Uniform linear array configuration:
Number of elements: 4
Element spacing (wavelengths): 0.25
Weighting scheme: blackman
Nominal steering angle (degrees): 45
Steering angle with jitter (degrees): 43.75
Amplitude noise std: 0.05
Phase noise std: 0.05

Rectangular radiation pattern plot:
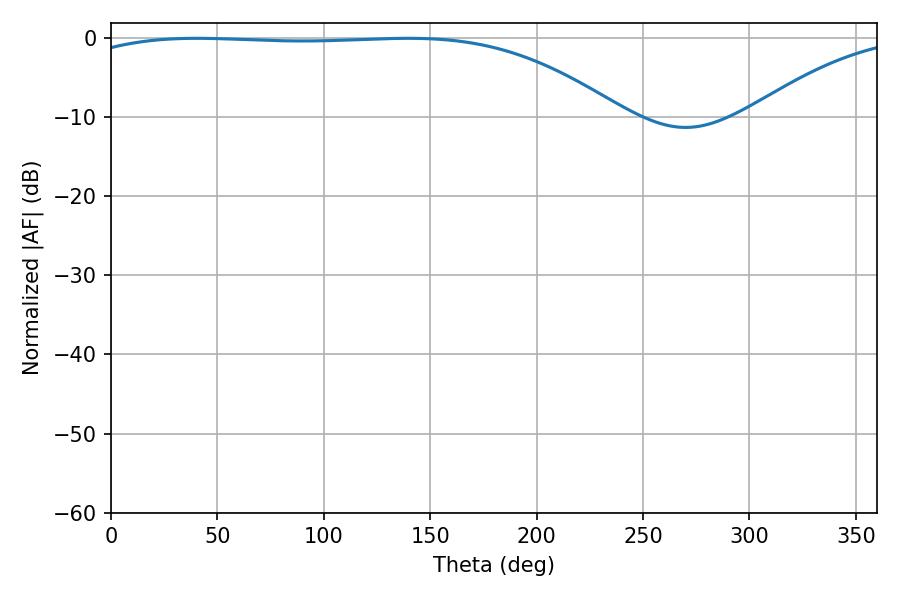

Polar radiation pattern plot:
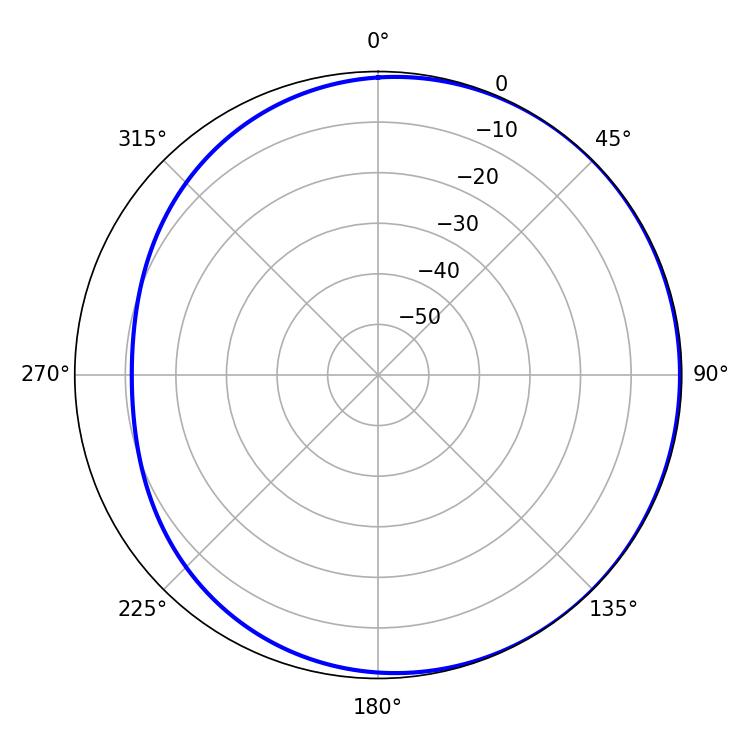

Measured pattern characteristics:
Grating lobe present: FALSE
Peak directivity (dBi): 1.206
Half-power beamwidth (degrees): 200.52
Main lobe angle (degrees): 40.32